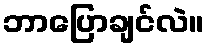
ဘာပြောချင်လဲ။